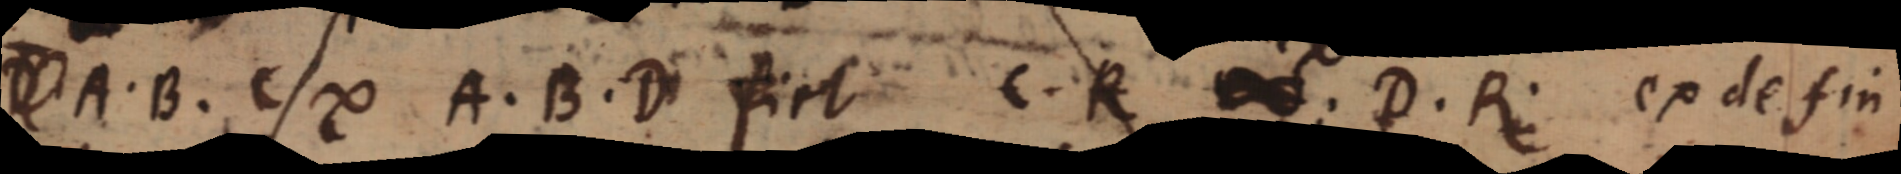
A. B. C ∞ A. B. D fiet C. R ∞. D. R. ex de fin